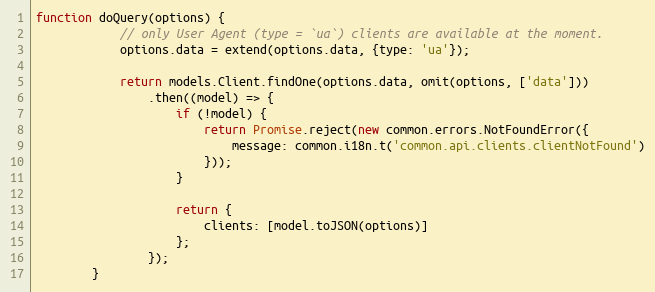
Language: JavaScript
function doQuery(options) {
            // only User Agent (type = `ua`) clients are available at the moment.
            options.data = extend(options.data, {type: 'ua'});

            return models.Client.findOne(options.data, omit(options, ['data']))
                .then((model) => {
                    if (!model) {
                        return Promise.reject(new common.errors.NotFoundError({
                            message: common.i18n.t('common.api.clients.clientNotFound')
                        }));
                    }

                    return {
                        clients: [model.toJSON(options)]
                    };
                });
        }